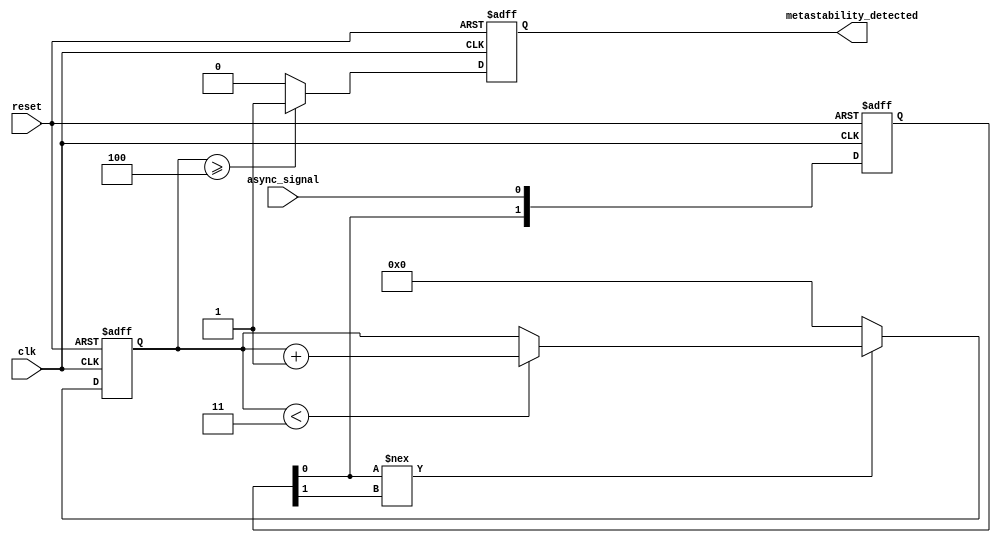
module metastability_detector (
    input wire clk,                       // Synchronous clock signal
    input wire async_signal,              // Asynchronous input signal
    input wire reset,                     // Asynchronous reset signal
    output reg metastability_detected      // Output signal indicating metastability
);

// Parameters
parameter MSE_THRESHOLD = 4; // Threshold for determining metastability

// Internal signals
reg [1:0] flip_flop_output;   // Register to hold flip-flop outputs
reg [3:0] metastable_counter;  // Counter to track stability of flip-flop output

// Flip-flop logic
always @(posedge clk or posedge reset) begin
    if (reset) begin
        flip_flop_output <= 2'b00;  // Initialize flip-flops to 0
        metastable_counter <= 0;     // Reset counter
        metastability_detected <= 0;  // Clear metastability detection
    end else begin
        // Sample the asynchronous input signal
        flip_flop_output[0] <= async_signal;  // First flip-flop
        flip_flop_output[1] <= flip_flop_output[0]; // Second flip-flop

        // Metastability detection logic
        if (flip_flop_output[0] !== flip_flop_output[1]) begin
            // If the output of the first flip-flop is not equal to the second,
            // it could mean metastability occurred, count it
            if (metastable_counter < MSE_THRESHOLD - 1) begin
                metastable_counter <= metastable_counter + 1;
            end
        end else begin
            // If stable, reset the counter
            metastable_counter <= 0;
        end

        // If the counter reaches the threshold, assert metastability_detected
        if (metastable_counter >= MSE_THRESHOLD) begin
            metastability_detected <= 1;
        end else begin
            metastability_detected <= 0;
        end
    end
end

endmodule